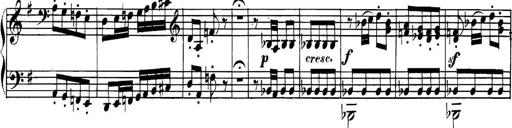
Title: Collected Piano Sonatas
Composer: Muzio Clementi